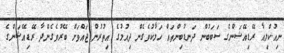
ނިއުކްލިއާ ރޭޑިއޭޝަންގެ ސަބަބުން ދަނޑުބިންތައް ހަލާކުވެގެން ދިއުމުގެ އިތުރުން ޖައްވަށް ބޭރުވެގެންދާ ރޭޑިއޭޝަންގެ